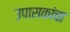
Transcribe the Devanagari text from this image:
उपासकांचा